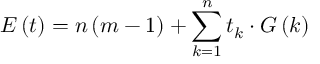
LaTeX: E \left( t \right) = n \left( m - 1 \right) + \sum _ { k = 1 } ^ { n } t _ { k } \cdot G \left( k \right)